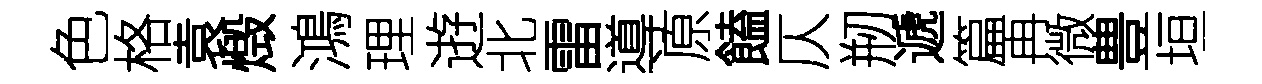
色格袁燬鴻理逰北雷導原饁仄剏遞篇再微豊垣